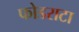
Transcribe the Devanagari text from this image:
फोडराटा